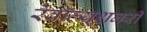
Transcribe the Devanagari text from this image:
रेवॉल्यूशनरी